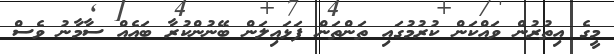
މީގެ އިތުރުން ވައްކަން ކުރުމުގައި ތަންތަން ފަޅައިލަން ބޭނުންކުރާ ބައެއް ސާމާނު ވެސް